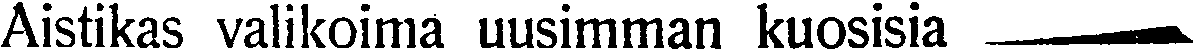
Aistikas valikoima uusimman kuosisia